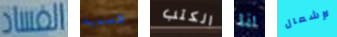
الفساد جسدية الكتب انا لإشعال